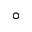
^ \circ